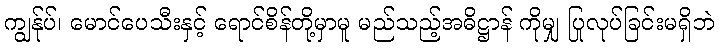
ကျွန်ုပ်၊ မောင်ပေသီးနှင့် ရောင်စိန်တို့မှာမူ မည်သည့်အဓိဋ္ဌာန် ကိုမျှ ပြုလုပ်ခြင်းမရှိဘဲ